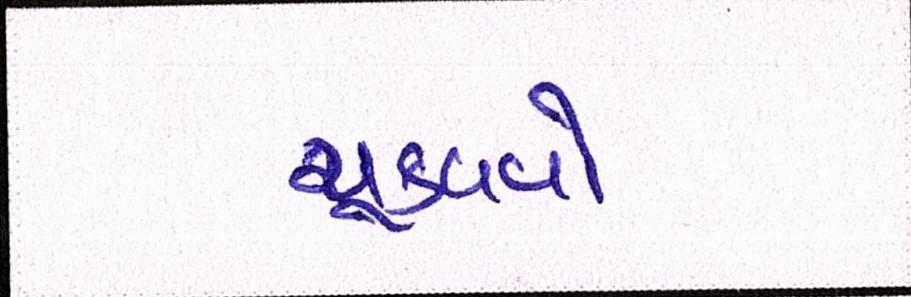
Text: ચૂકવવો